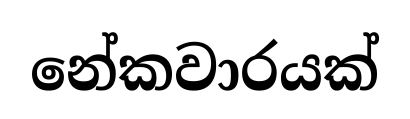
නේකවාරයක්